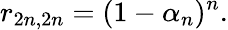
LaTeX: r_{2n,2n}=(1-\alpha_{n})^{n}.